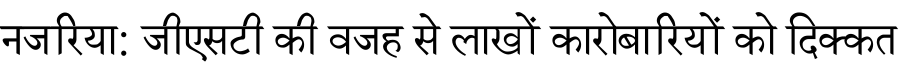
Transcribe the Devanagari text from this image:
नजरिया: जीएसटी की वजह से लाखों कारोबारियों को दिक्कत